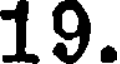
19.